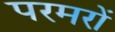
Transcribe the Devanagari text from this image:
परमरों